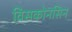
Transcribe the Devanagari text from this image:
विसकोनसिन